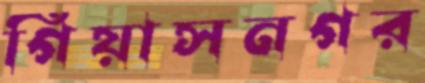
গিয়াসনগর